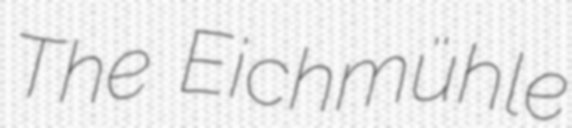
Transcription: The Eichmühle